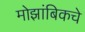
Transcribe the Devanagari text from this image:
मोझांबिकचे